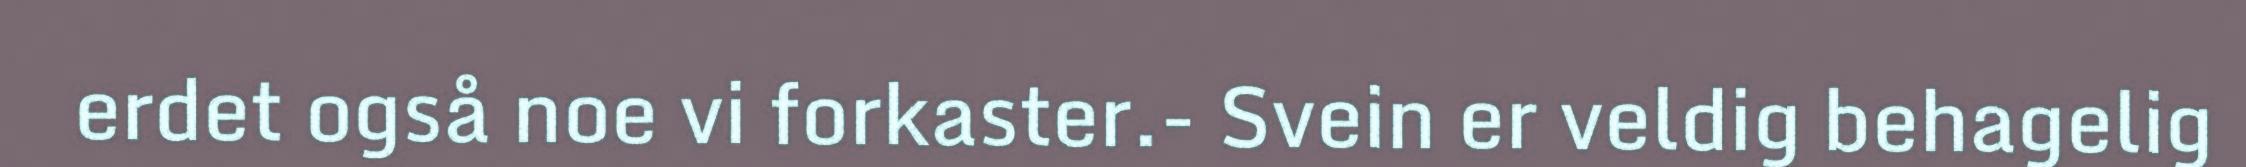
erdet også noe vi forkaster.- Svein er veldig behagelig